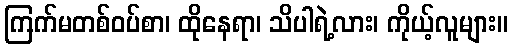
ကြက်မတစ်ဝပ်စာ၊ ထိုနေရာ၊ သိပါရဲ့လား၊ ကိုယ့်လူများ။